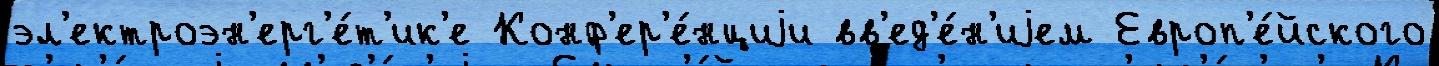
эл'ектроэн'ерг'е́т'ик'е Конф'ер'е́нциjи вв'ед'е́н'иjем Европ'е́йского